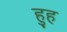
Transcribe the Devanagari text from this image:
हुह